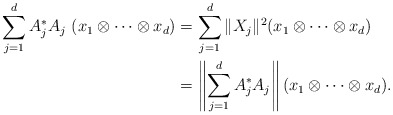
\begin{align*}\sum\limits_{j=1}^d A_{j}^*A_{j}\ (x_1\otimes\cdots\otimes x_d)&=\sum\limits_{j=1}^d \|X_{j}\|^2 (x_1\otimes\cdots\otimes x_d)\\&=\left\|\sum\limits_{j=1}^d A_{j}^*A_{j}\right\| (x_1\otimes\cdots\otimes x_d).\end{align*}